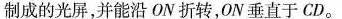
制成的光屏，并能沿ON折转，0N垂直于CD。